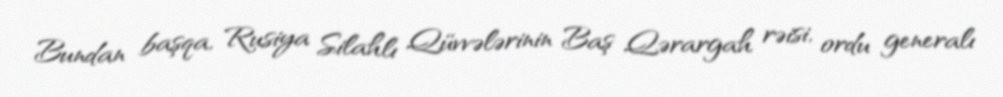
Bundan başqa, Rusiya Silahlı Qüvvələrinin Baş Qərargah rəisi, ordu generalı